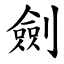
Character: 劍